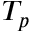
T _ { p }